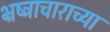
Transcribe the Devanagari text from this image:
भ्रष्ट्राचाराच्या